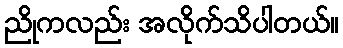
ညိုကလည်း အလိုက်သိပါတယ်။